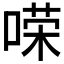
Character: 𱓲